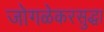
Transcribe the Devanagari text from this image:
जोगळेकरसुद्धा